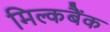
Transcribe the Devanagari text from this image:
मिल्कबैंक